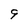
Character: 9